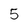
Character: 5